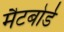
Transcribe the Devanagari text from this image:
मैटबोर्ड